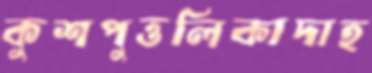
কুশপুত্তলিকাদাহ